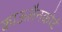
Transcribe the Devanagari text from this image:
काऊलैनकोर्ट